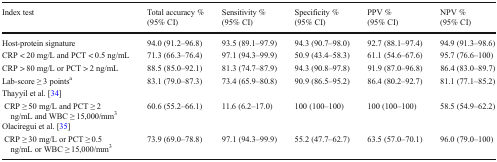
<table><thead><tr><td><b>Index test</b></td><td><b>Total accuracy % (95% CI)</b></td><td><b>Sensitivity % (95% CI)</b></td><td><b>Specificity % (95% CI)</b></td><td><b>PPV % (95% CI)</b></td><td><b>NPV % (95% CI)</b></td></tr></thead><tbody><tr><td>Host-protein signature</td><td>94.0 (91.2–96.8)</td><td>93.5 (89.1–97.9)</td><td>94.3 (90.7–98.0)</td><td>92.7 (88.1–97.4)</td><td>94.9 (91.3–98.6)</td></tr><tr><td>CRP &lt; 20 mg/L and PCT &lt; 0.5 ng/mL</td><td>71.3 (66.3–76.4)</td><td>97.1 (94.3–99.9)</td><td>50.9 (43.4–58.3)</td><td>61.1 (54.6–67.6)</td><td>95.7 (76.6–100)</td></tr><tr><td>CRP &gt; 80 mg/L or PCT &gt; 2 ng/mL</td><td>88.5 (85.0–92.1)</td><td>81.3 (74.7–87.9)</td><td>94.3 (90.8–97.8)</td><td>91.9 (87.0–96.8)</td><td>86.4 (83.0–89.7)</td></tr><tr><td>Lab-score ≥ 3 points<sup>a</sup></td><td>83.1 (79.0–87.3)</td><td>73.4 (65.9–80.8)</td><td>90.9 (86.5–95.2)</td><td>86.4 (80.2–92.7)</td><td>81.1 (77.1–85.2)</td></tr><tr><td>Thayyil et al. [34]</td><td>[EMPTY_CELL]</td><td>[EMPTY_CELL]</td><td>[EMPTY_CELL]</td><td>[EMPTY_CELL]</td><td>[EMPTY_CELL]</td></tr><tr><td> CRP ≥ 50 mg/L and PCT ≥ 2 ng/mL and WBC ≥ 15,000/mm<sup>3</sup></td><td>60.6 (55.2–66.1)</td><td>11.6 (6.2–17.0)</td><td>100 (100–100)</td><td>100 (100–100)</td><td>58.5 (54.9–62.2)</td></tr><tr><td>Olaciregui et al. [35]</td><td>[EMPTY_CELL]</td><td>[EMPTY_CELL]</td><td>[EMPTY_CELL]</td><td>[EMPTY_CELL]</td><td>[EMPTY_CELL]</td></tr><tr><td> CRP ≥ 30 mg/L or PCT ≥ 0.5 ng/mL or WBC ≥ 15,000/mm<sup>3</sup></td><td>73.9 (69.0–78.8)</td><td>97.1 (94.3–99.9)</td><td>55.2 (47.7–62.7)</td><td>63.5 (57.0–70.1)</td><td>96.0 (79.0–100)</td></tr></tbody></table>